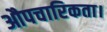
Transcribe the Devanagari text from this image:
औपचारिकता।